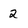
Character: 2